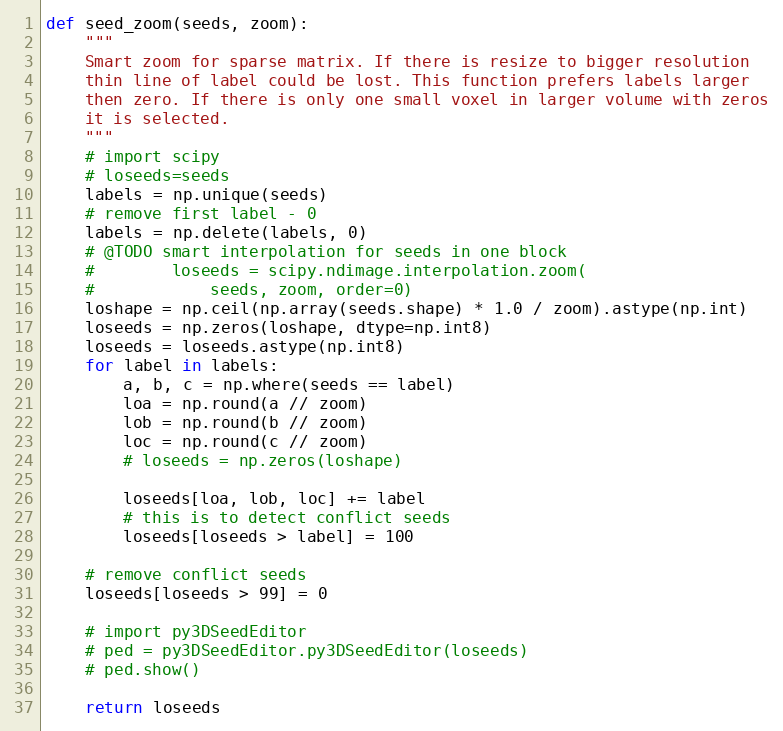
Language: Python
def seed_zoom(seeds, zoom):
    """
    Smart zoom for sparse matrix. If there is resize to bigger resolution
    thin line of label could be lost. This function prefers labels larger
    then zero. If there is only one small voxel in larger volume with zeros
    it is selected.
    """
    # import scipy
    # loseeds=seeds
    labels = np.unique(seeds)
    # remove first label - 0
    labels = np.delete(labels, 0)
    # @TODO smart interpolation for seeds in one block
    #        loseeds = scipy.ndimage.interpolation.zoom(
    #            seeds, zoom, order=0)
    loshape = np.ceil(np.array(seeds.shape) * 1.0 / zoom).astype(np.int)
    loseeds = np.zeros(loshape, dtype=np.int8)
    loseeds = loseeds.astype(np.int8)
    for label in labels:
        a, b, c = np.where(seeds == label)
        loa = np.round(a // zoom)
        lob = np.round(b // zoom)
        loc = np.round(c // zoom)
        # loseeds = np.zeros(loshape)

        loseeds[loa, lob, loc] += label
        # this is to detect conflict seeds
        loseeds[loseeds > label] = 100

    # remove conflict seeds
    loseeds[loseeds > 99] = 0

    # import py3DSeedEditor
    # ped = py3DSeedEditor.py3DSeedEditor(loseeds)
    # ped.show()

    return loseeds